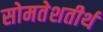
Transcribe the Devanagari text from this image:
सोमतेशतीर्थ